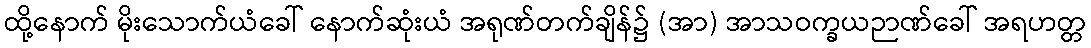
ထို့နောက် မိုးသောက်ယံခေါ် နောက်ဆုံးယံ အရုဏ်တက်ချိန်၌ (အာ) အာသဝက္ခယဉာဏ်ခေါ် အရဟတ္တ